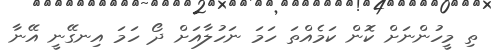
ތި މީހުންނަށް ކޮން ކަމެއްތަ ހަމަ ނަހުލާއަށް ދޯ ހަމަ އިނގޭނީ އޭނާ